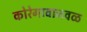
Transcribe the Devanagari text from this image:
कोरेगावाजवळ